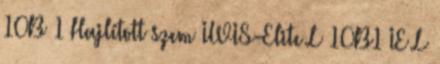
10B 1 Hajlított szem IWIS-Elite L 10B1 IE L